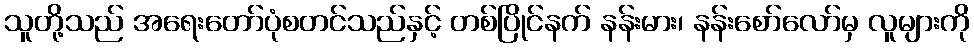
သူတို့သည် အရေးတော်ပုံစတင်သည်နှင့် တစ်ပြိုင်နက် နန်းမား၊ နန်းစော်လော်မှ လူများကို